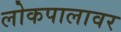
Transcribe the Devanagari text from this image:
लोकपालावर